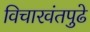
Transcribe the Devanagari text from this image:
विचारवंतपुढे